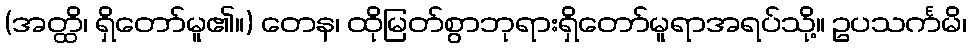
(အတ္ထိ၊ ရှိတော်မူ၏။) တေန၊ ထိုမြတ်စွာဘုရားရှိတော်မူရာအရပ်သို့။ ဥပသင်္ကမိ၊